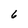
Character: 6